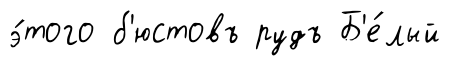
э́того б'юстовъ рудъ Б'е́лый